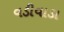
વડીવાડા